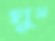
ঘুম